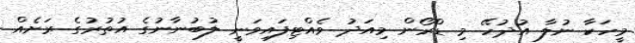
މީހަކާ ނުލާ އުދުހޭ މި ޑްރޯން މިއަދު ވެއްޓިފައިވަނީ ލުބުނާނުގެ އުތުރުގެ ރަށެއް